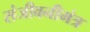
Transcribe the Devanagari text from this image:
संजीवनीमंत्र